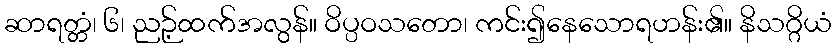
ဆာရတ္တံ၊ ၆၊ ညဉ့်ထက်အလွန်။ ဝိပ္ပဝသတော၊ ကင်း၍နေသောရဟန်း၏။ နိသဂ္ဂိယံ